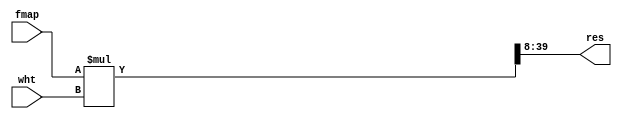
module mul #(
	parameter IW = 24,
	parameter FW = 8
	)(
	input signed [IW+FW-1:0]		fmap,
	input signed [IW+FW-1:0]		wht,
	
	output signed [IW+FW-1:0]		res
);
	
	wire signed [(IW+FW)*2-1:0] long_res;

	assign long_res = fmap * wht;
	//disgard high 24 bits and low 8 bits.
	assign res = long_res >>> FW;

endmodule